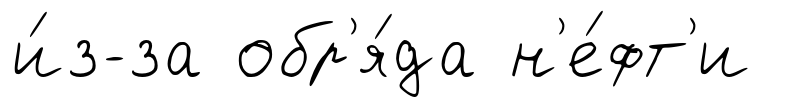
и́з-за обр'я́да н'е́фт'и